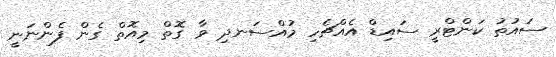
ސައުތު ކަންޓްރީ ސައިޑް އެއްޗެހި މުއްސަނދި ވާ ގޮތް މިއޮތް ގެން ފެންނަނީ